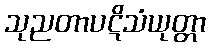
သုညတာပဋိသံယုတ္တာ